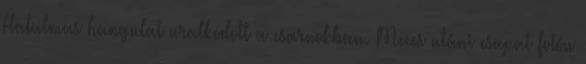
Hatalmas hangulat uralkodott a csarnokban. Meccs utáni csapat fotón